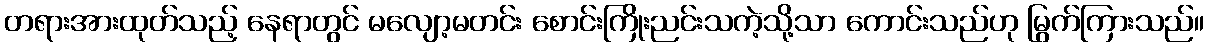
တရားအားထုတ်သည့် နေရာတွင် မလျော့မတင်း စောင်းကြိုးညင်းသကဲ့သို့သာ ကောင်းသည်ဟု မြွက်ကြားသည်။